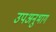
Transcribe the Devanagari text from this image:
उपअनुभाग